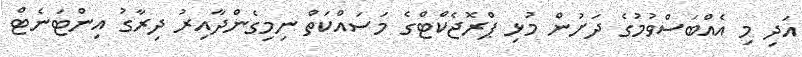
އަދި މި އެއްބަސްވުމުގެ ދަށުން މުޅި ޕްރޮޖެކްޓްގެ މަސައްކަތް ނިމިގެންދާއިރު ދިރާގު އިންޓަނެޓް